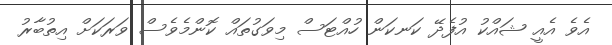
އެވެ އެއީ ޝައްކު އުފެދޭ ކަނކަން ހުއްޓަސް މިވަގުތައް ކޮންމެވެސް ވަރަކަށް އިތުބާރު